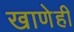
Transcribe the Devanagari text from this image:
खाणेही